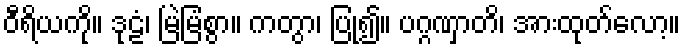
ဝီရိယကို။ ဒုဠံ၊ မြဲမြံစွာ။ ကတွာ၊ ပြု၍။ ပဂ္ဂဏှာတိ၊ အားထုတ်လော့။